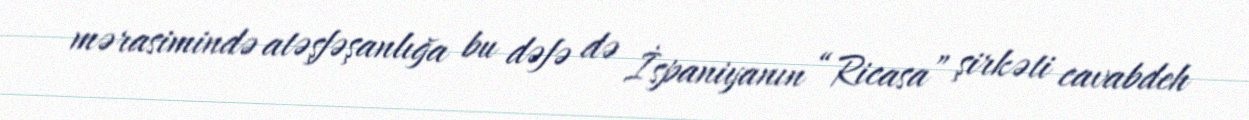
mərasimində atəşfəşanlığa bu dəfə də İspaniyanın “Ricasa” şirkəti cavabdeh